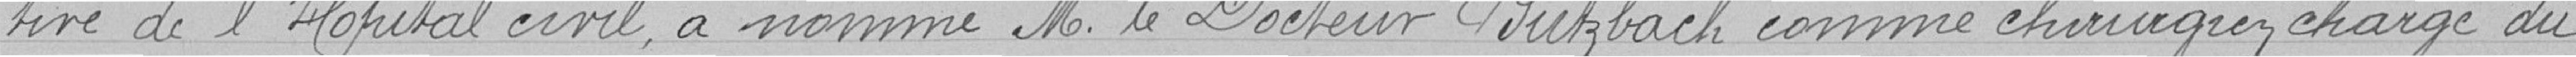
tive de l'Hôpital civil, a nommé Monsieur le Docteur Butzbach comme chirurgien chargé du